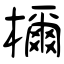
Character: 檷